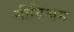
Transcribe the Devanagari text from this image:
मीडिअम